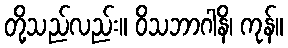
တို့သည်လည်း။ ဝိသဘာဂါနိ၊ ကုန်။